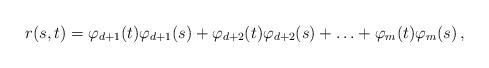
LaTeX: \begin{align*} r(s,t) = \varphi_{ d+1}(t)\varphi_{ d+1}(s) + \varphi_{ d+2}(t)\varphi_{ d+2}(s) + \ldots + \varphi_{ m}(t)\varphi_{{ m}}(s)\,, \end{align*}